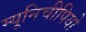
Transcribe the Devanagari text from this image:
म्यूनिचीपियो